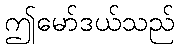
ဤမော်ဒယ်သည်